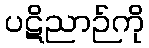
ပဋိညာဉ်ကို